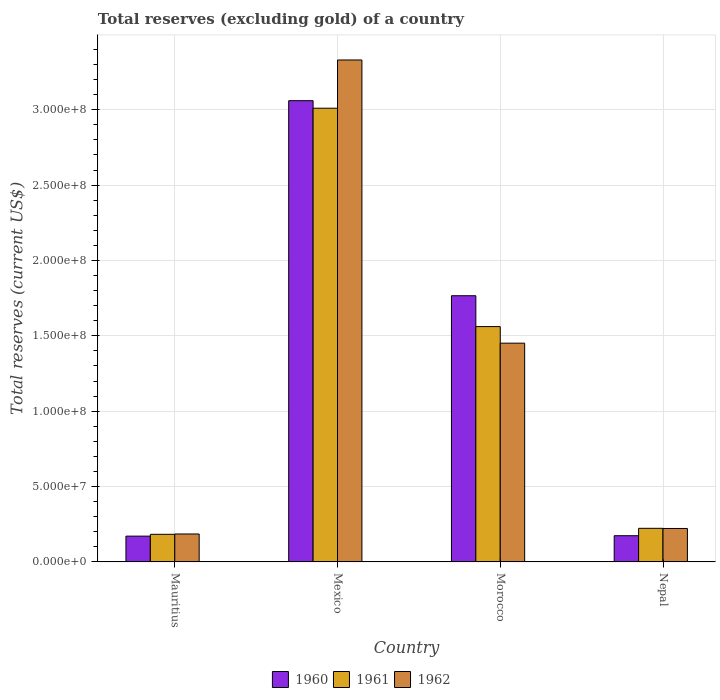
| Country | 1960 | 1961 | 1962 |
 | --- | --- | --- | --- |
 | Mauritius | 1.71e+07 | 1.83e+07 | 1.86e+07 |
 | Mexico | 3.06e+08 | 3.01e+08 | 3.33e+08 |
 | Morocco | 1.77e+08 | 1.56e+08 | 1.45e+08 |
 | Nepal | 1.74e+07 | 2.23e+07 | 2.22e+07 |